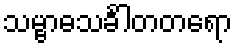
သမ္ဗာဓသင်္ခါတတရော